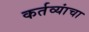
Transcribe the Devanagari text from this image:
कर्तव्यांचा